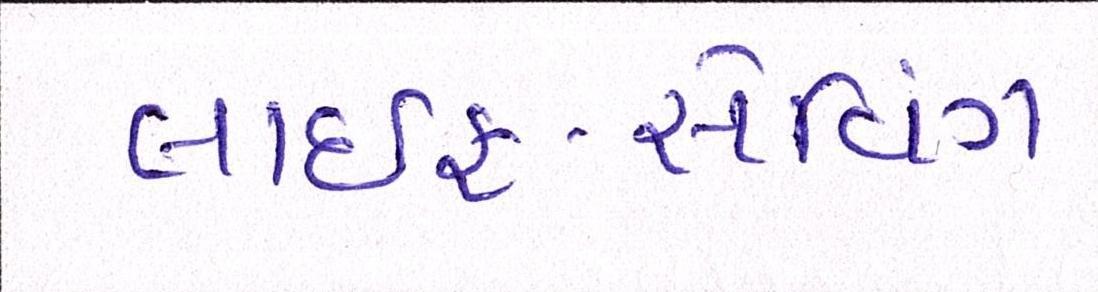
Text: લાઇફ-સેવિંગ